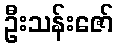
ဦးသန်းဇော်